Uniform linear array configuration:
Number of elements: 8
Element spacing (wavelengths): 0.5
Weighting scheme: uniform
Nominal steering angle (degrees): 60
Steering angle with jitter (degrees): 59.794
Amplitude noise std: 0.05
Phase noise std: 0.05

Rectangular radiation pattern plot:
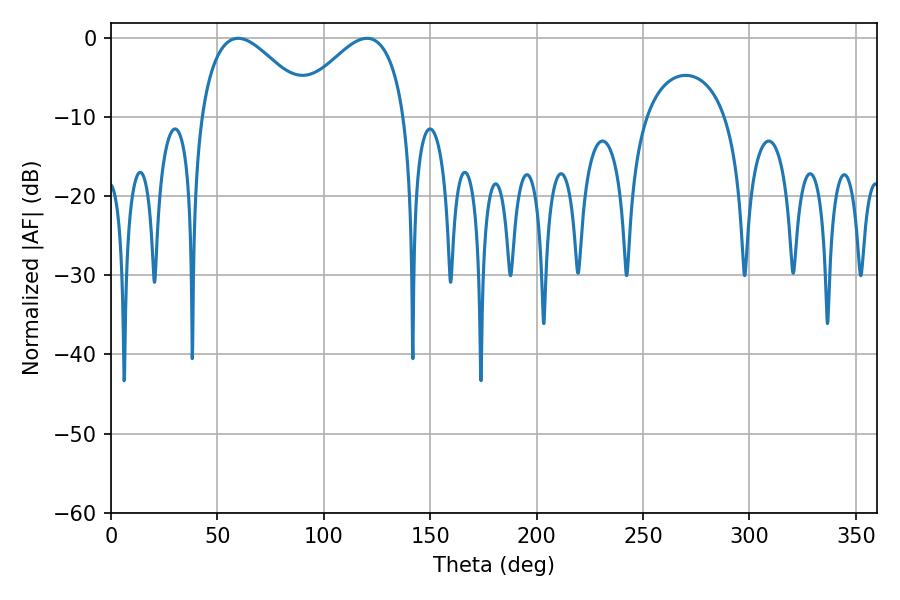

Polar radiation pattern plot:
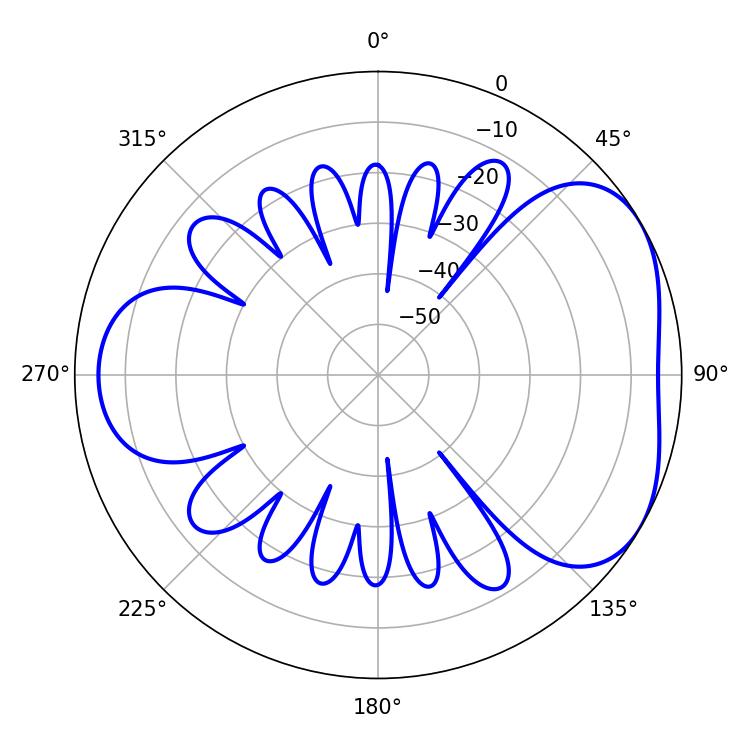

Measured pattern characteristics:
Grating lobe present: FALSE
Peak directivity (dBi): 4.328
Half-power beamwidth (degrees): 28.08
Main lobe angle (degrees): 59.76